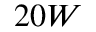
2 0 W